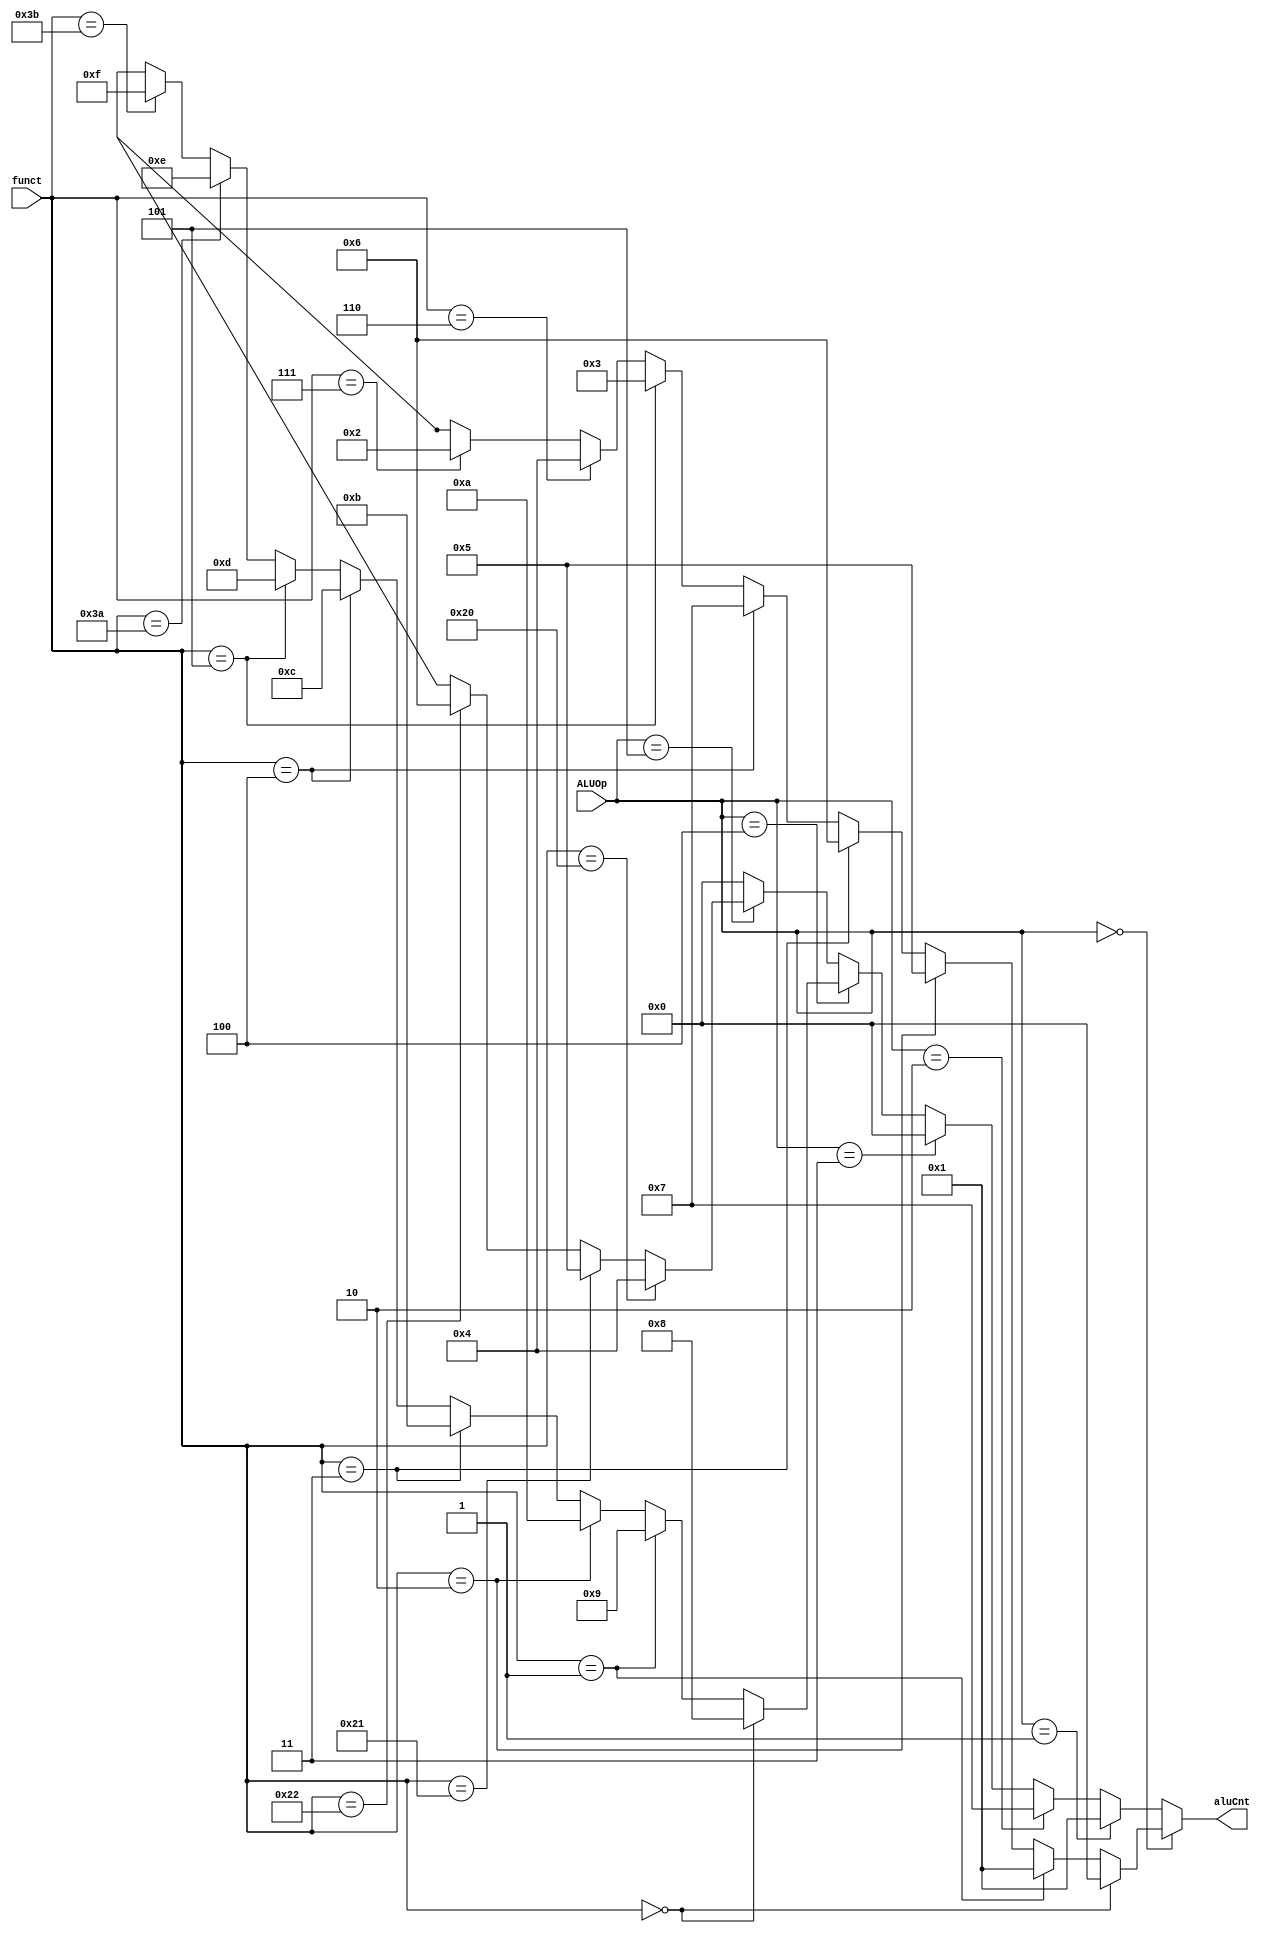
`timescale 1ns / 1ps
//////////////////////////////////////////////////////////////////////////////////
// Company: 
// Engineer: 
// 
// Design Name: 
// Module Name:    aluControl 
// Project Name: 
// Target Devices: 
// Tool versions: 
// Description: 
//
// Dependencies: 
//
// Revision: 
// Revision 0.01 - File Created
// Additional Comments: 
//
//////////////////////////////////////////////////////////////////////////////////
module aluControl(input wire[2:0] ALUOp ,input[5:0] funct ,output[3:0]aluCnt );
	assign aluCnt = ALUOp == 3'b000 ?(
												 funct ==  6'b000000 ? 4'b0000:
												 funct ==  6'b000001 ? 4'b0001:
												 funct ==  6'b000010 ? 4'b0101:
												 funct ==  6'b000011 ? 4'b0110:
												 funct ==  6'b000100 ? 4'b0111:
												 funct ==  6'b000101 ? 4'b0011:
												 funct ==  6'b000110 ? 4'b0100://slt
												 funct ==  6'b000111 ? 4'b0010:
												 4'bx
											 ) :
								ALUOp == 3'b001 ? 4'b0001://beq
								ALUOp == 3'b010 ? 4'b0111:
								ALUOp == 3'b011 ? 4'b0000:
								//branch
								ALUOp == 3'b100 ?(
									funct == 6'b000000 ? 4'b1000: //beq
									funct ==	6'b000001 ? 4'b1001: //bgt
									funct ==	6'b000010 ? 4'b1010: //bge
									funct ==	6'b000011 ? 4'b1011: //blt
									funct ==	6'b000100 ? 4'b1100: //ble
									funct ==	6'b000101 ? 4'b1101: //bne
									
									funct == 6'b111010 ? 4'b1110://j
									funct == 6'b111011 ? 4'b1111://jal
 									4'bx
									):
								ALUOp == 3'b101 ?(
									funct == 6'b100000 ? 4'b0100: //multi
									funct == 6'b100001 ? 4'b0101://divi
									funct == 6'b100010 ? 4'b0110://sar
									4'bx
								):
						
								0;
				

endmodule